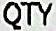
QTY